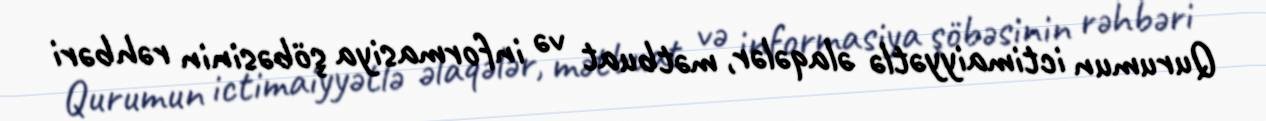
Qurumun ictimaiyyətlə əlaqələr, mətbuat və informasiya şöbəsinin rəhbəri